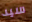
سيد